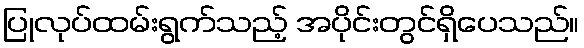
ပြုလုပ်ထမ်းရွက်သည့် အပိုင်းတွင်ရှိပေသည်။